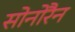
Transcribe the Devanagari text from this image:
सोनोरैन